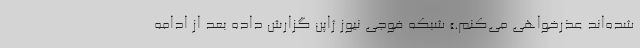
شده‌اند عذرخواهی می‌کنم.» شبکه فوجی نیوز ژاپن گزارش داده بعد از ادامه